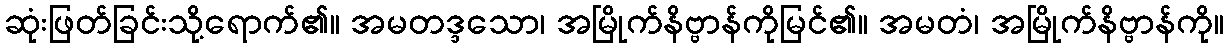
ဆုံးဖြတ်ခြင်းသို့ရောက်၏။ အမတဒ္ဒသော၊ အမြိုက်နိဗ္ဗာန်ကိုမြင်၏။ အမတံ၊ အမြိုက်နိဗ္ဗာန်ကို။